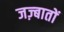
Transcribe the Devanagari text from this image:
जज़्बातों